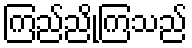
ကြည်ညိုကြသည်